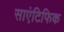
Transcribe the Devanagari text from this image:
साएंटिफिक